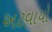
અટવાયો